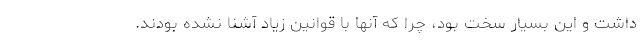
داشت و این بسیار سخت بود، چرا که آنها با قوانین زیاد آشنا نشده بودند.